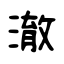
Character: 澈